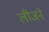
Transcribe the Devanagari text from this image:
लीजने